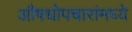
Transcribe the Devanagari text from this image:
औषधोपचारांमध्ये